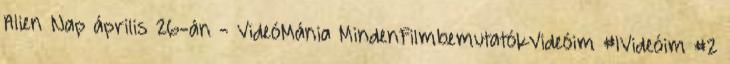
Alien Nap április 26-án - VideóMánia MindenFilmbemutatókVideóim #1Videóim #2